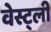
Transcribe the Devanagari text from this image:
वेस्ट्ली